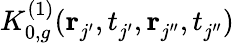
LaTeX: K_{0,g}^{(1)}(\mathbf{r}_{j^{\prime}}^{},t_{j^{\prime}}^{},\mathbf{r}_{j^{\prime\prime}}^{},t_{j^{\prime\prime}}^{})